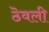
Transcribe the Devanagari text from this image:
ठॆवली